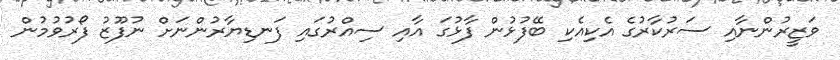
ވަޒީރުންނާއި ސަރުކާރުގެ އެކިއެކި ބޭފުޅުން ފާޅުގަ އާއި ސިއްރުގައި ފަނޑިޔާރުންނަށް ނުފޫޒު ފޯރުވުމުން